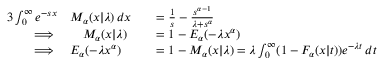
\begin{array} { r l r l } { { 3 } \int _ { 0 } ^ { \infty } e ^ { - s x } } & { M _ { \alpha } ( x \vert \lambda ) \, d x } & & { = \frac { 1 } { s } - \frac { s ^ { \alpha - 1 } } { \lambda + s ^ { \alpha } } } \\ { \implies } & { \quad M _ { \alpha } ( x \vert \lambda ) } & & { = 1 - E _ { \alpha } ( - \lambda x ^ { \alpha } ) } \\ { \implies } & { E _ { \alpha } ( - \lambda x ^ { \alpha } ) } & & { = 1 - M _ { \alpha } ( x \vert \lambda ) = \lambda \int _ { 0 } ^ { \infty } ( 1 - F _ { \alpha } ( x \vert t ) ) e ^ { - \lambda t } \, d t } \end{array}